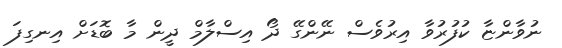
ނުވާންޏާ ކުފުރުވާ އިރުވެސް ނޭންގޭ ދޯ އިސްލާމް ދީން މާ ބޮޑަށް އިނގިފަ